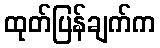
ထုတ်ပြန်ချက်က